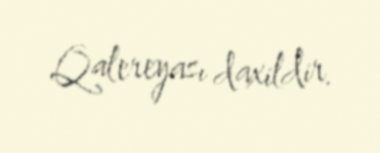
Qalereyası daxildir.